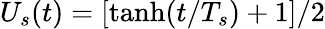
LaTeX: U_{s}(t)=[\operatorname{tanh}(t/T_{s})+1]/2